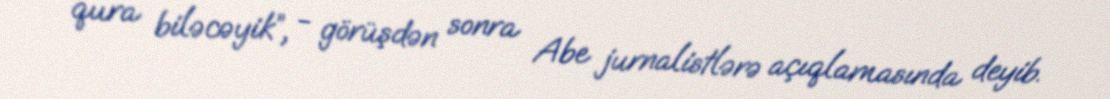
qura biləcəyik”, - görüşdən sonra Abe jurnalistlərə açıqlamasında deyib.